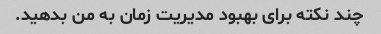
چند نکته برای بهبود مدیریت زمان به من بدهید.